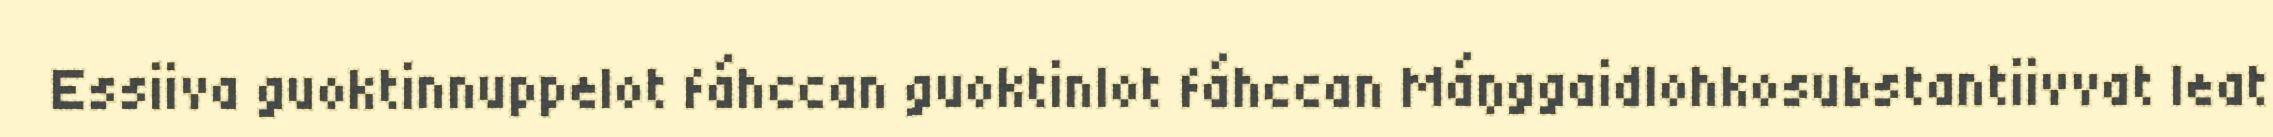
Essiiva guoktinnuppelot fáhccan guoktinlot fáhccan Máŋggaidlohkosubstantiivvat leat